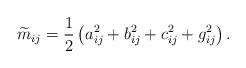
LaTeX: \begin{align*}\widetilde{m}_{ij} = \frac{1}{2} \left (a_{ij}^2 + b_{ij}^2 + c_{ij}^2 + g_{ij}^2 \right ). \end{align*}